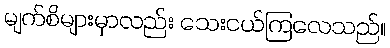
မျက်စိများမှာလည်း သေးငယ်ကြလေသည်။